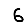
Digit: 6